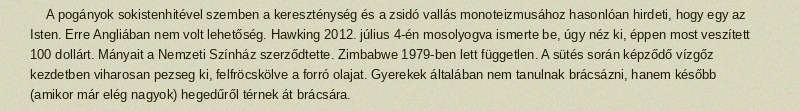
A pogányok sokistenhitével szemben a kereszténység és a zsidó vallás monoteizmusához hasonlóan hirdeti, hogy egy az Isten. Erre Angliában nem volt lehetőség. Hawking 2012. július 4-én mosolyogva ismerte be, úgy néz ki, éppen most veszített 100 dollárt. Mányait a Nemzeti Színház szerződtette. Zimbabwe 1979-ben lett független. A sütés során képződő vízgőz kezdetben viharosan pezseg ki, felfröcskölve a forró olajat. Gyerekek általában nem tanulnak brácsázni, hanem később (amikor már elég nagyok) hegedűről térnek át brácsára.